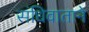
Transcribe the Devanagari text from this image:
संधिवाताने